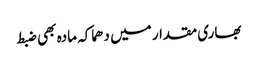
بھاری مقدار میں دھماکہ مادہ بھی ضبط